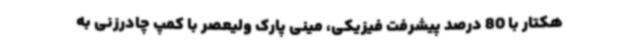
هکتار با 80 درصد پیشرفت فیزیکی، مینی پارک ولیعصر با کمپ چادرزنی به